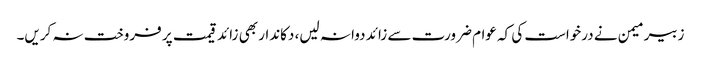
زبیر میمن نے درخواست کی کہ عوام ضرورت سے زائد دوا نہ لیں، دکاندار بھی زائد قیمت پر فروخت نہ کریں۔